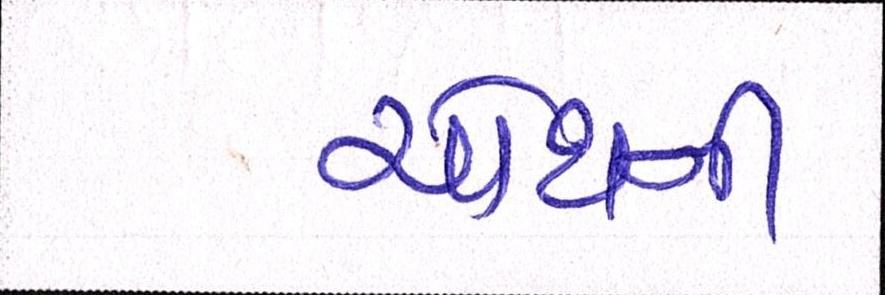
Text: ચોથની